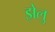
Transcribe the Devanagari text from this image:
झेलु